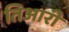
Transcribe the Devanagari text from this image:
तिआरी